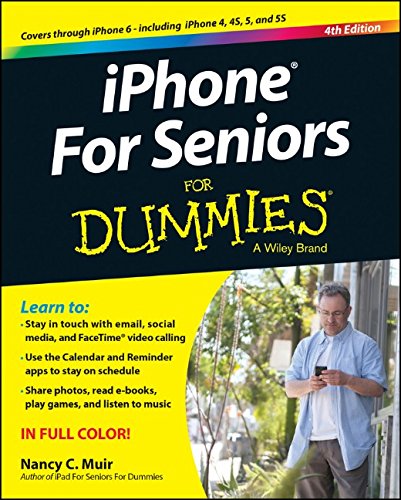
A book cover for iPhone For Seniors For Dummies; Nancy C. Muir; Computers & Technology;